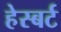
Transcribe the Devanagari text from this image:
हेस्बर्ट